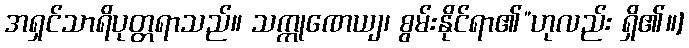
အရှင်သာရိပုတ္တရာသည်။ သက္ကုဏေယျ၊ စွမ်းနိုင်ရာ၏”ဟုလည်း ရှိ၏။]